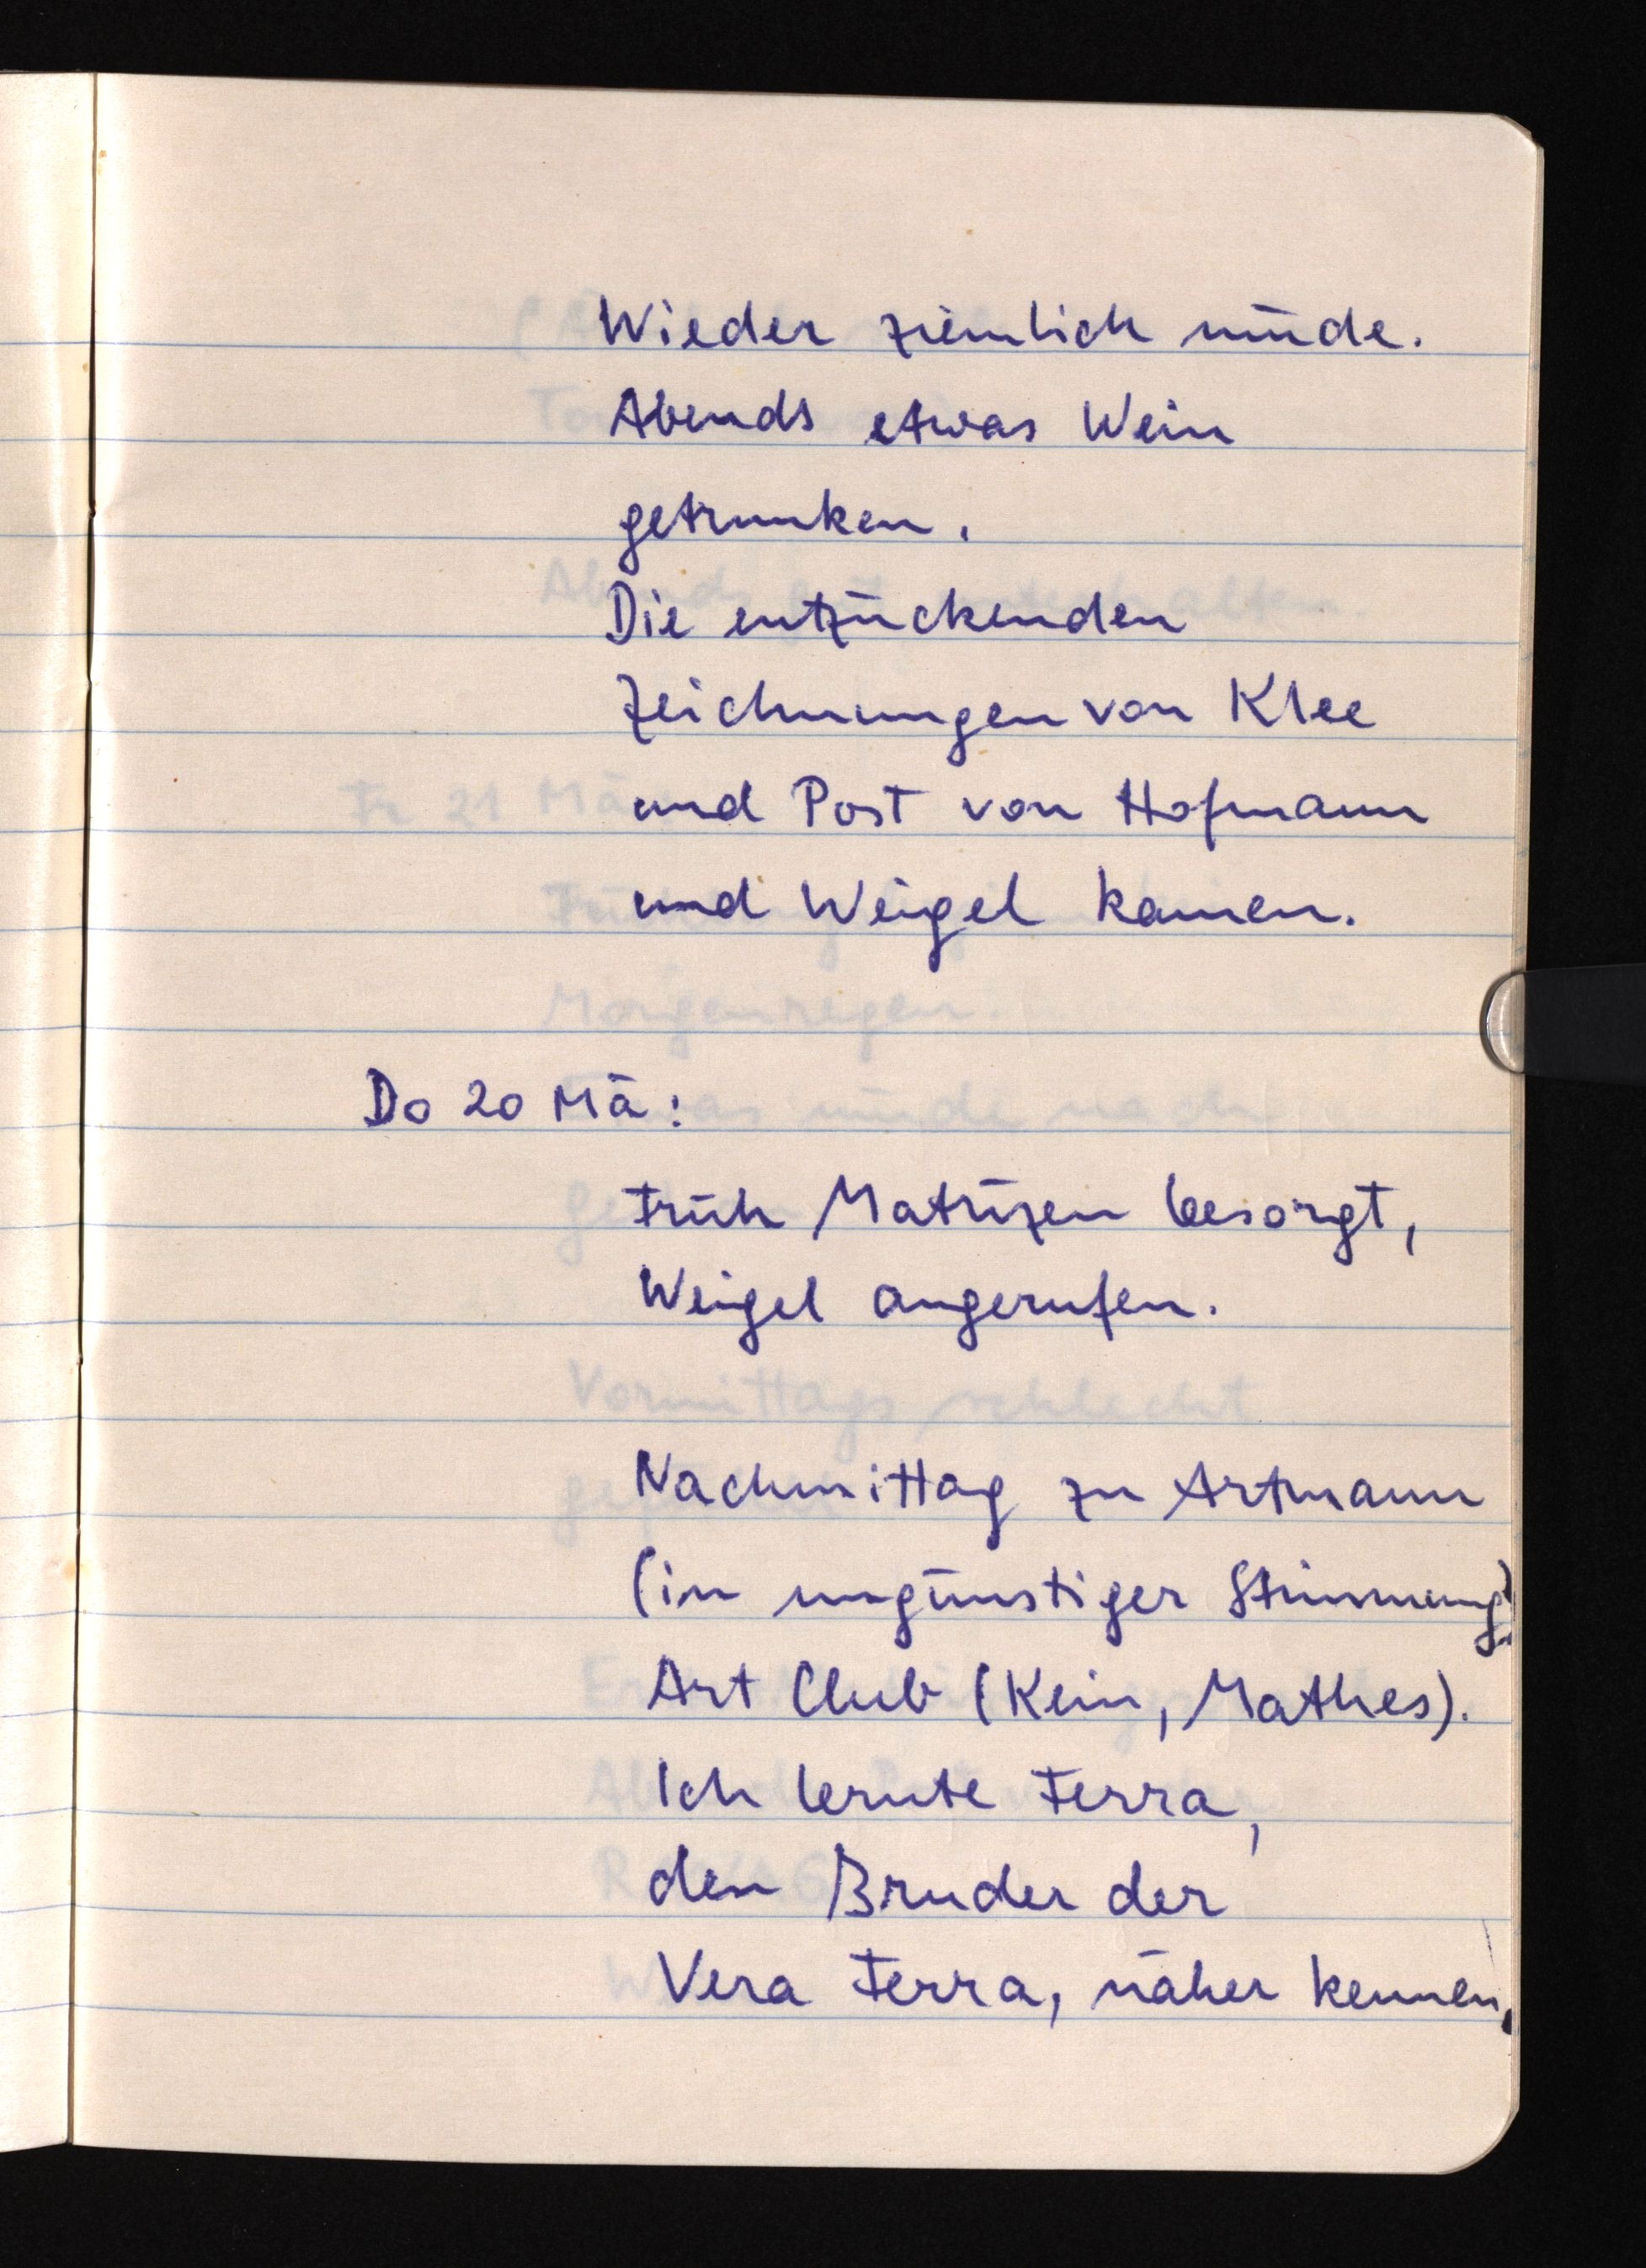
Wieder ziemlich müde.
Abends etwas Wein
getrunken.
Die entzückenden
Zeichnungen von Klee
und Post von Hofmann
und Weigel kamen.
Do 20 Mä:
Früh Matrizen besorgt,
Weigel angerufen.
Nachmittag zu Artmann
(in ungünstiger Stimmung).
Art Club (Kein, Mathes).
Ich lernte Ferra,
den Bruder der
Vera Ferra, näher kennen.